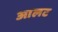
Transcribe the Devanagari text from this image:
आलट